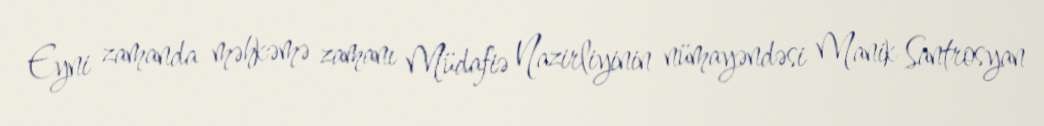
Eyni zamanda məhkəmə zamanı Müdafiə Nazirliyinin nümayəndəsi Manik Santrosyan